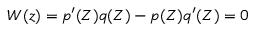
W ( z ) = p ^ { \prime } ( Z ) q ( Z ) - p ( Z ) q ^ { \prime } ( Z ) = 0